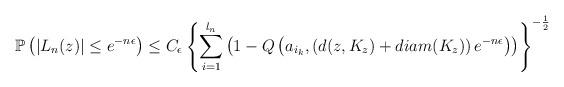
LaTeX: \begin{align*}\mathbb{P}\left(|L_n(z)|\leq e^{-n\epsilon}\right) & \leq C_\epsilon \left\{\sum_{i=1}^{l_n}\left(1-Q\left(a_{i_k},\left(d(z,K_z)+diam(K_z)\right)e^{-n\epsilon}\right)\right) \right\}^{-\frac{1}{2}}\end{align*}